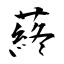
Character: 蔠